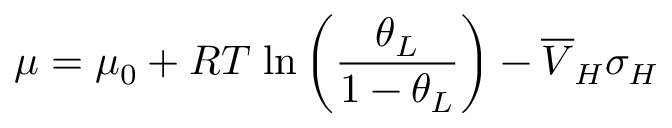
\mu = \mu _ { 0 } + R T \; \mathrm { l n } \left( \frac { \theta _ { L } } { 1 - \theta _ { L } } \right) - \overline { { V } } _ { H } \sigma _ { H }